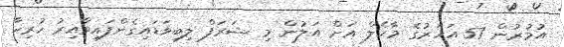
އުމުރުން 57 އަހަރުގެ މާކެލް އަށް އަލުން މި ޝަރަފް ލިބިވަޑައިގެންފައިވާއިރު ހުރިހާ